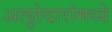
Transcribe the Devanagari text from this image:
अलुतेदारांमध्ये